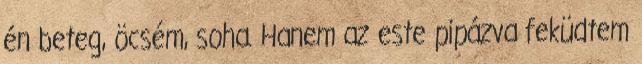
én beteg, öcsém, soha. Hanem az este pipázva feküdtem